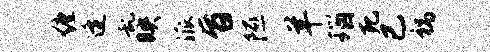
缠逄乱映派旨隰羊瑙死已祸